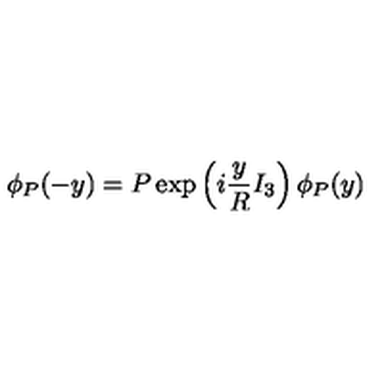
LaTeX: \phi _ { P } ( - y ) = P \exp \left( i \frac { y } { R } I _ { 3 } \right) \phi _ { P } ( y )